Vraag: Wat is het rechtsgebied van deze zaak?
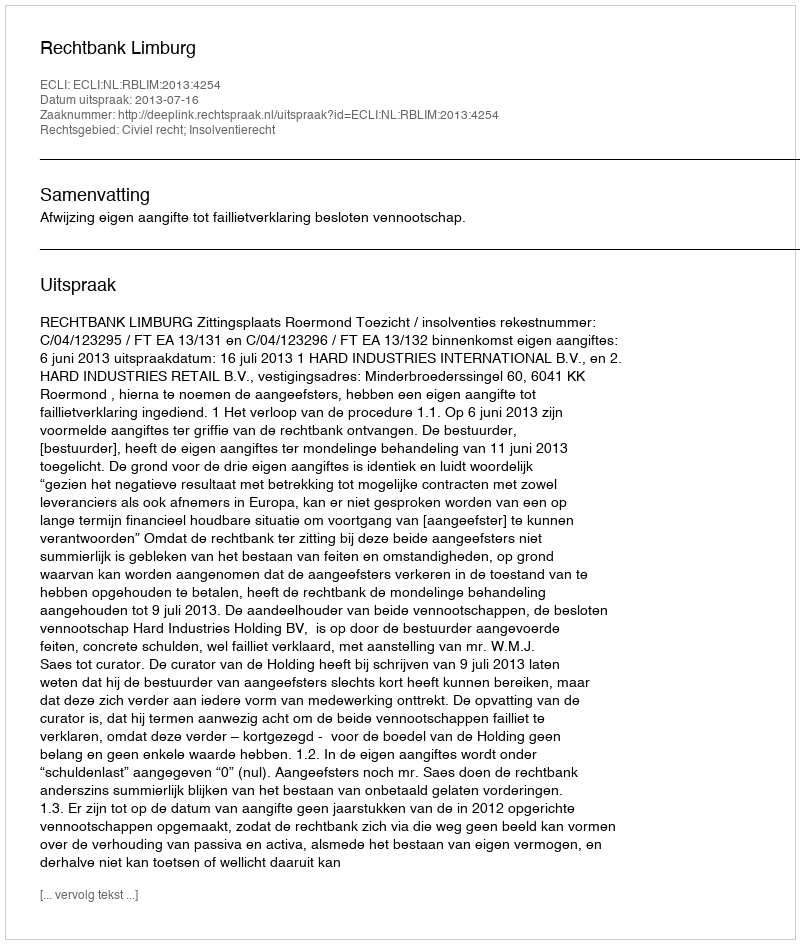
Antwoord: Civiel recht; Insolventierecht